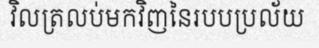
វិលត្រលប់មកវិញនៃរបបប្រល័យ